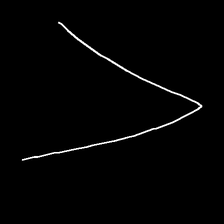
Glyph: region